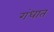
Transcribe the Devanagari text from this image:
गंधात